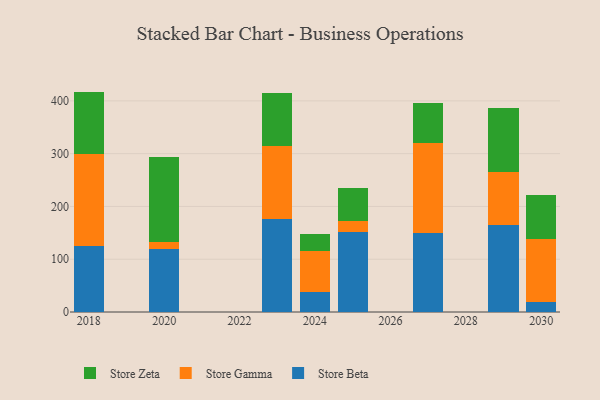
{"axis": {"x": "Year", "y": "Backlog"}, "legend": ["Store Beta", "Store Gamma", "Store Zeta"], "data": [{"x": "2027", "y": 150.4, "type": "Store Beta"}, {"x": "2027", "y": 170.6, "type": "Store Gamma"}, {"x": "2027", "y": 74.1, "type": "Store Zeta"}, {"x": "2025", "y": 150.9, "type": "Store Beta"}, {"x": "2025", "y": 20.9, "type": "Store Gamma"}, {"x": "2025", "y": 63.2, "type": "Store Zeta"}, {"x": "2029", "y": 165.6, "type": "Store Beta"}, {"x": "2029", "y": 100.4, "type": "Store Gamma"}, {"x": "2029", "y": 119.6, "type": "Store Zeta"}, {"x": "2024", "y": 38.8, "type": "Store Beta"}, {"x": "2024", "y": 76.1, "type": "Store Gamma"}, {"x": "2024", "y": 33.2, "type": "Store Zeta"}, {"x": "2023", "y": 176.0, "type": "Store Beta"}, {"x": "2023", "y": 139.3, "type": "Store Gamma"}, {"x": "2023", "y": 99.0, "type": "Store Zeta"}, {"x": "2018", "y": 124.3, "type": "Store Beta"}, {"x": "2018", "y": 174.9, "type": "Store Gamma"}, {"x": "2018", "y": 118.4, "type": "Store Zeta"}, {"x": "2030", "y": 19.0, "type": "Store Beta"}, {"x": "2030", "y": 119.3, "type": "Store Gamma"}, {"x": "2030", "y": 82.5, "type": "Store Zeta"}, {"x": "2020", "y": 119.9, "type": "Store Beta"}, {"x": "2020", "y": 13.1, "type": "Store Gamma"}, {"x": "2020", "y": 160.7, "type": "Store Zeta"}]}